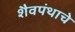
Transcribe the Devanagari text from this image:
शैवपंथाचे